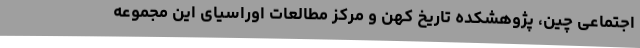
اجتماعی چین، پژوهشکده تاریخ کهن و مرکز مطالعات اوراسیای این مجموعه